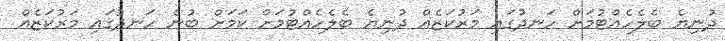
ދުނިޔެ ބެލެހެއްޓުމަށް ހަނދުގައި މަރުކަޒެއް ދުނިޔެ ބެލެހެއްޓުމަށް ކަމަށް ބުނެ ހަނދުގައި މަރުކަޒެއް